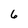
Character: 6